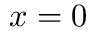
x = 0